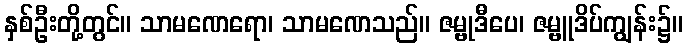
နှစ်ဦးတို့တွင်။ သာမဏေရော၊ သာမဏေသည်။ ဇမ္ဗုဒီပေ၊ ဇမ္ဗူဒိပ်ကျွန်း၌။